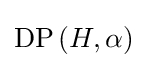
\operatorname {DP} \left(H,\alpha \right)